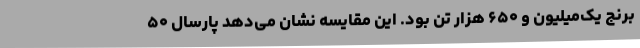
برنج یک‌میلیون و ۶۵۰ هزار تن بود. این مقایسه نشان می‌دهد پارسال ۵۰